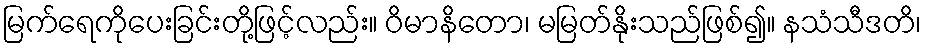
မြက်ရေကိုပေးခြင်းတို့ဖြင့်လည်း။ ဝိမာနိတော၊ မမြတ်နိုးသည်ဖြစ်၍။ နသံသီဒတိ၊